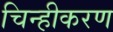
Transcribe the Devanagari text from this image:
चिन्हीकरण